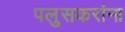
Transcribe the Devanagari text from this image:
पलुसकरांना